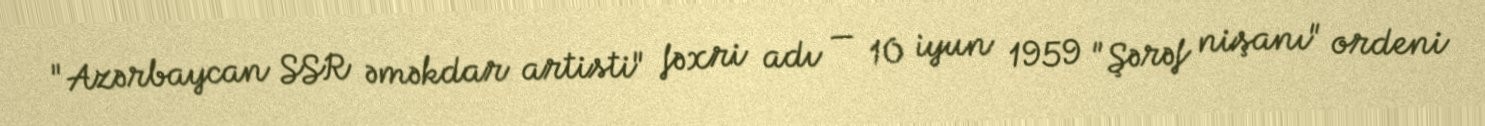
"Azərbaycan SSR əməkdar artisti" fəxri adı — 10 iyun 1959 "Şərəf nişanı" ordeni